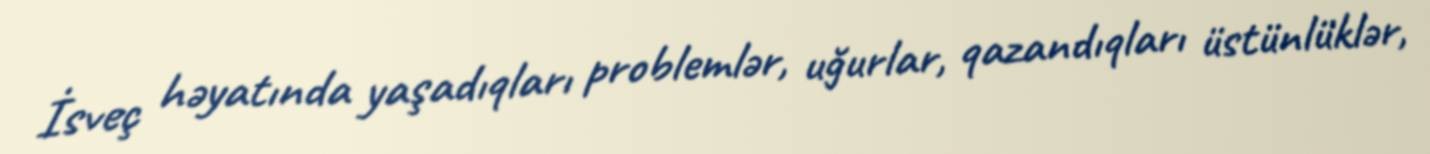
İsveç həyatında yaşadıqları problemlər, uğurlar, qazandıqları üstünlüklər,